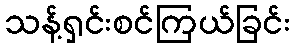
သန့်ရှင်းစင်ကြယ်ခြင်း